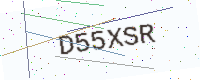
Text: D55XSR